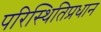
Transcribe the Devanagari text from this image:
परिस्थितिप्रधान